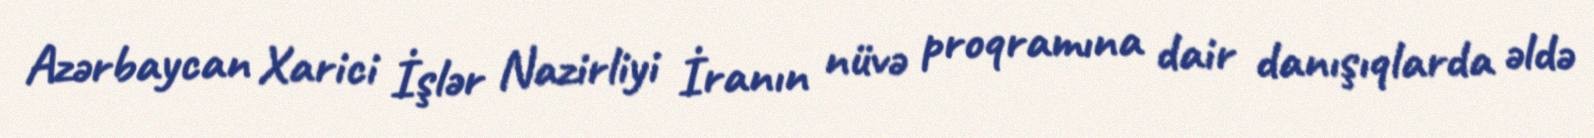
Azərbaycan Xarici İşlər Nazirliyi İranın nüvə proqramına dair danışıqlarda əldə